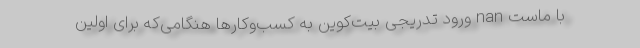
با ماست nan ورود تدریجی بیت‌کوین به کسب‌وکارها هنگامی‌که برای اولین